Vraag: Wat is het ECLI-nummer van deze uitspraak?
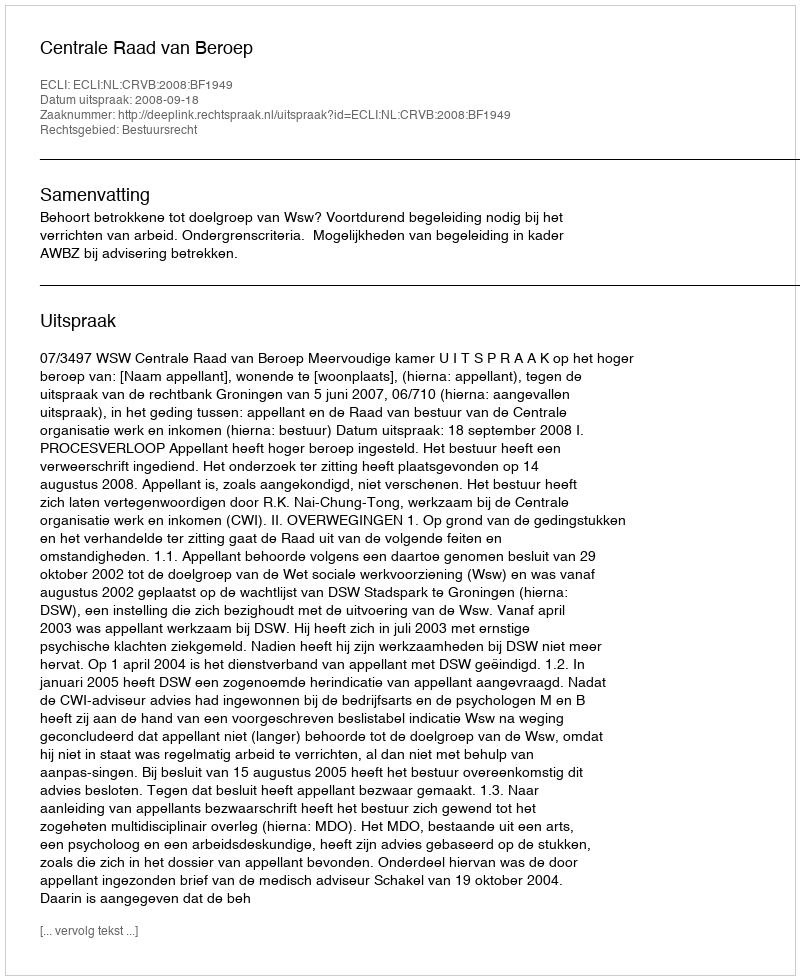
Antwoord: ECLI:NL:CRVB:2008:BF1949